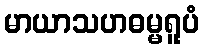
မာယာသဟဓမ္မရူပံ